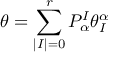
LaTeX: \theta = \sum _ { | I | = 0 } ^ { r } P _ { \alpha } ^ { I } \theta _ { I } ^ { \alpha }